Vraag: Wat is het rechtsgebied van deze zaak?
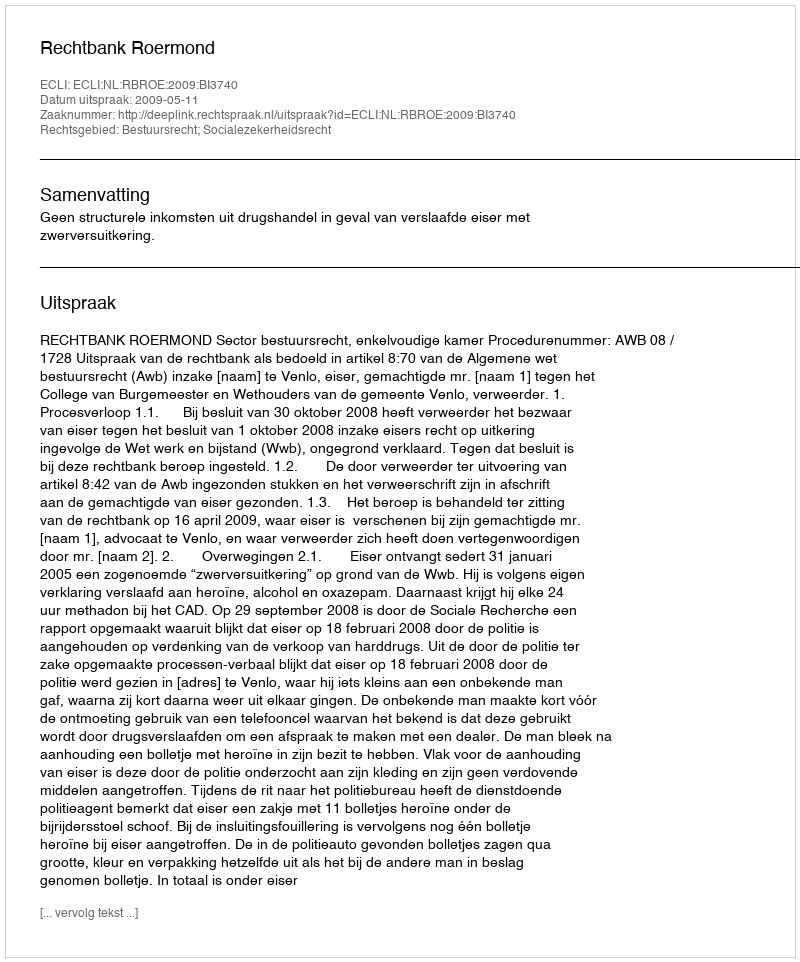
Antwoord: Bestuursrecht; Socialezekerheidsrecht